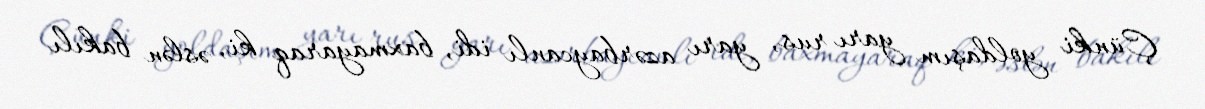
Çünki yoldaşım yarı rus, yarı azərbaycanlı idi, baxmayaraq ki, əslən bakılı